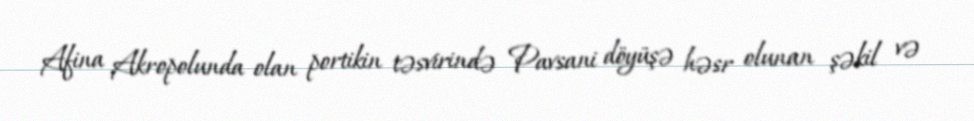
Afina Akropolunda olan portikin təsvirində Pavsani döyüşə həsr olunan şəkil və